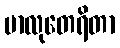
မာလုတေရိတာ